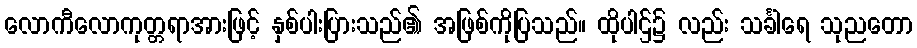
လောကီလောကုတ္တရာအားဖြင့် နှစ်ပါးပြားသည်၏ အဖြစ်ကိုပြသည်။ ထိုပါဌ်၌ လည်း သင်္ခါရေ သုညတော